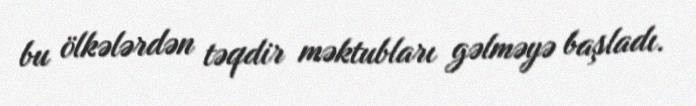
bu ölkələrdən təqdir məktubları gəlməyə başladı.